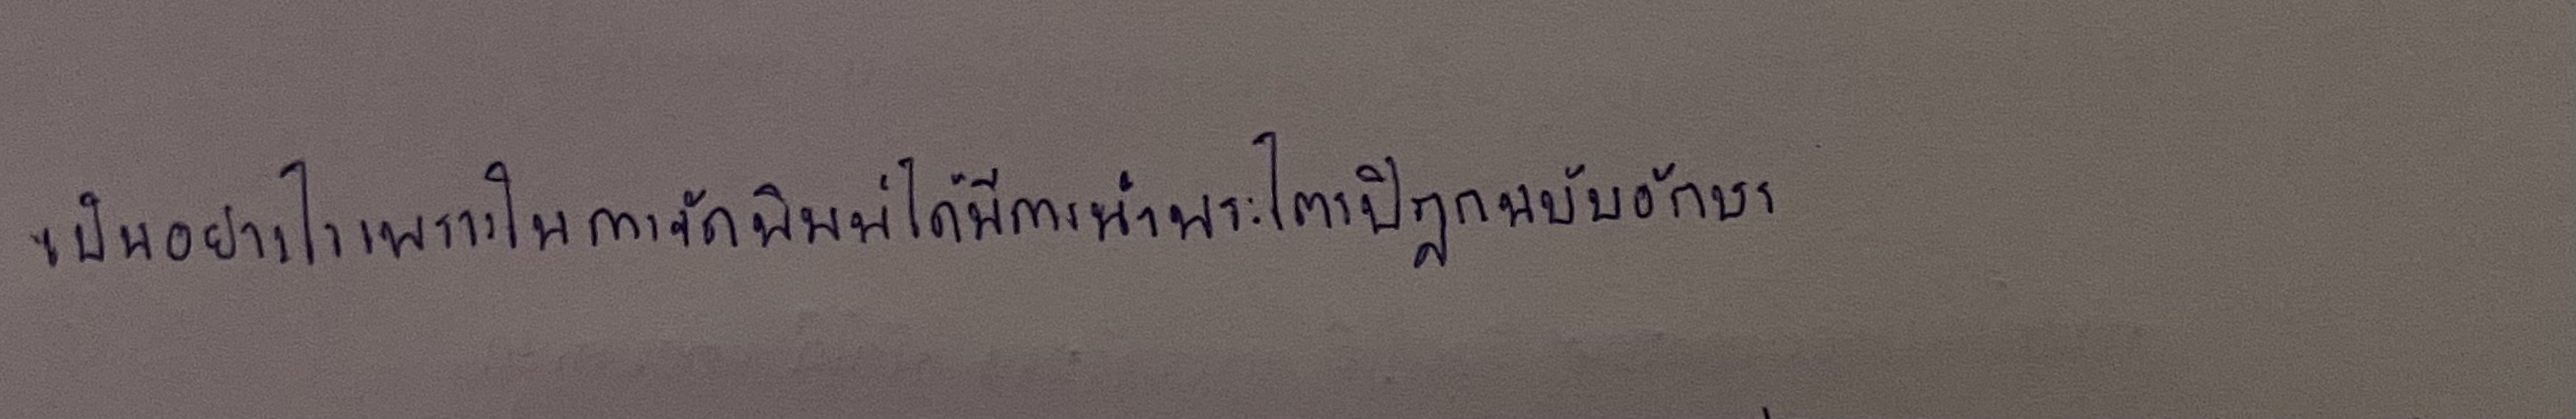
เป็นอย่างไรเพราะในการจัดพิมพ์ได้มีการนำพระไตรปิฎกฉบับอักษร